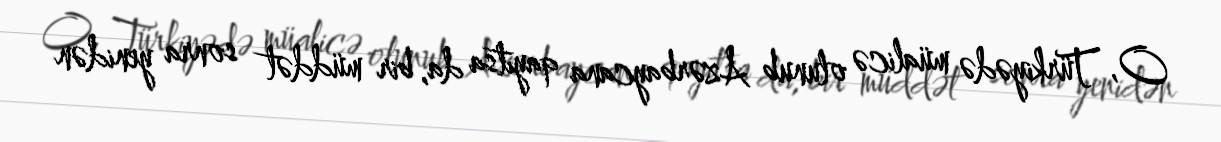
O, Türkiyədə müalicə olunub Azərbaycana qayıtsa da, bir müddət sonra yenidən